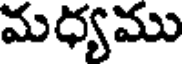
మధ్యము